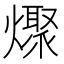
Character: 𰟪